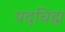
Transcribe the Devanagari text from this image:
पदचिह्म